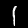
Digit: 1